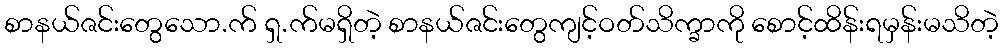
စာနယ်ဇင်းတွေသော.က် ရှ.က်မရှိတဲ့ စာနယ်ဇင်းတွေကျင့်ဝတ်သိက္ခာကို စောင့်ထိန်းရမှန်းမသိတဲ့